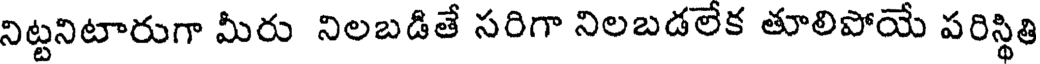
నిట్టనిటారుగా మీరు నిలబడితే సరిగా నిలబడలేక తూలిపోయే పరిస్థి